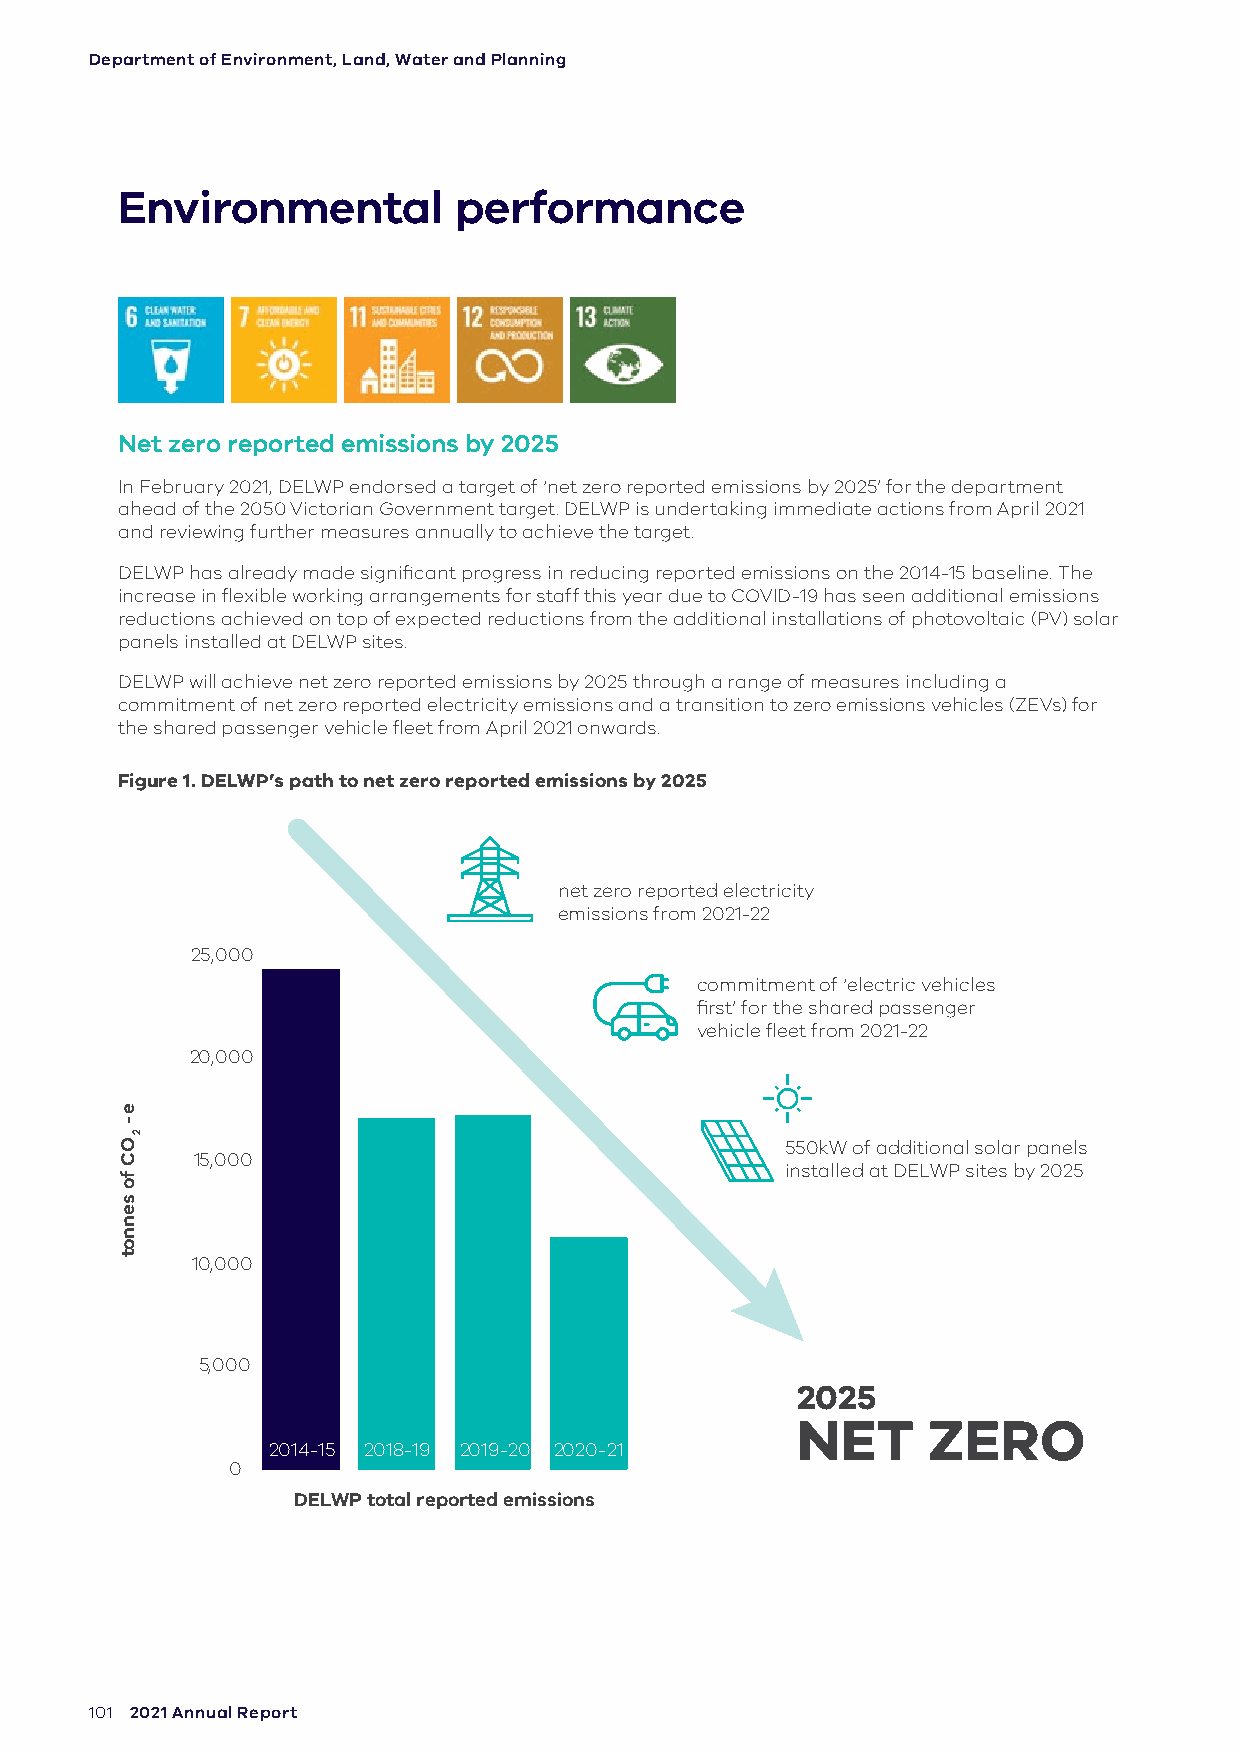
Department of Environment, Land, Water and Planning
 Environmental         performance
 Net zero reported emissions by 2025
 In February 2021, DELWP endorsed a target of ‘net zero reported emissions by 2025’ for the department
 ahead of the 2050 Victorian Government target. DELWP is undertaking immediate actions from April 2021
 and reviewing further measures annually to achieve the target.
 DELWP has already made significant progress in reducing reported emissions on the 2014-15 baseline. The
 increase in flexible working arrangements for staff this year due to COVID-19 has seen additional emissions
 reductions achieved on top of expected reductions from the additional installations of photovoltaic (PV) solar
 panels installed at DELWP sites.
 DELWP will achieve net zero reported emissions by 2025 through a range of measures including a
 commitment of net zero reported electricity emissions and a transition to zero emissions vehicles (ZEVs) for
 the shared passenger vehicle fleet from April 2021 onwards.
 Figure 1. DELWP’s path to net zero reported emissions by 2025
 net zero reported electricity
 emissions from 2021-22
 25,000
 commitment of ‘electric vehicles
 first’ for the shared passenger
 vehicle fleet from 2021-22
 20,000
 550kW of additional solar panels
 15,000
 installed at DELWP sites by 2025
 10,000
 5,000
 2025
 NET     ZERO
 2014-15 2018-19 2019-20 2020-21
 0
 DELWP total reported emissions
 101 2021 Annual Report
 e-
 OC
 fo
 sennot
 2